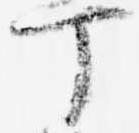
丁